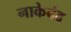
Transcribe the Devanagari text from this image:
नाकेबंद